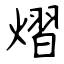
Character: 熠